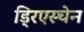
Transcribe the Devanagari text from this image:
ड्रिएस्चेन